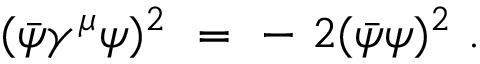
( \bar { \psi } \gamma ^ { \mu } \psi ) ^ { 2 } ~ = ~ - ~ 2 ( \bar { \psi } \psi ) ^ { 2 } ~ .